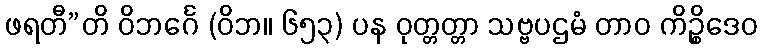
ဖရတီ”တိ ဝိဘင်္ဂေ (ဝိဘ။ ၆၅၃) ပန ဝုတ္တတ္တာ သဗ္ဗပဌမံ တာဝ ကိဉ္စိဒေဝ